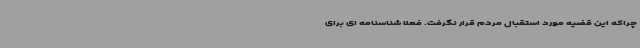
چراکه این قضیه مورد استقبال مردم قرار نگرفت. فعلا شناسنامه ای برای